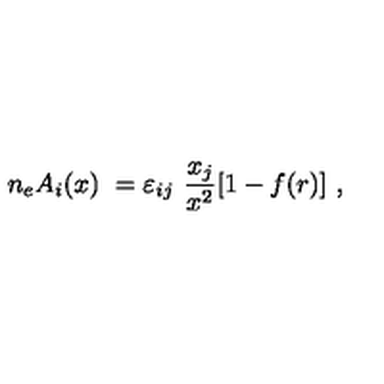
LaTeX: n _ { e } A _ { i } ( x ) \ = \- \varepsilon _ { i j } \ \frac { x _ { j } } { x ^ { 2 } } [ 1 - f ( r ) ] \ ,